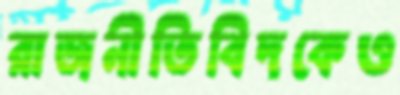
রাজনীতিবিদকেও